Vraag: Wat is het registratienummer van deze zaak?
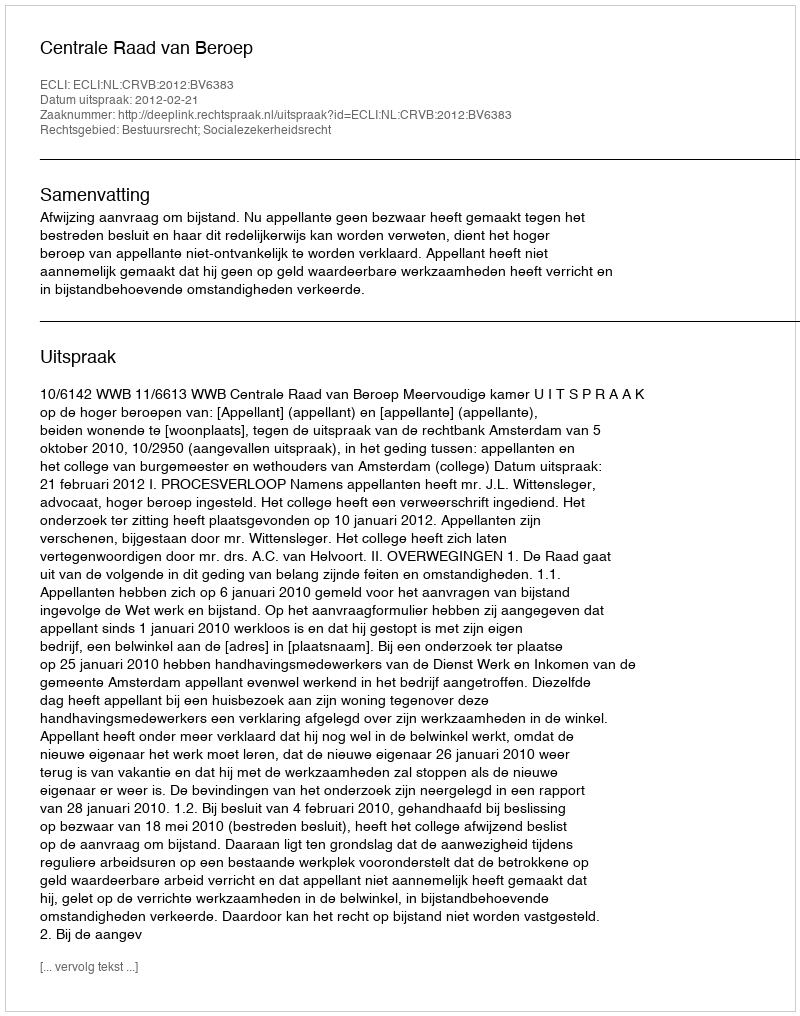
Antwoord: http://deeplink.rechtspraak.nl/uitspraak?id=ECLI:NL:CRVB:2012:BV6383